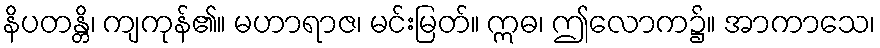
နိပတန္တိ၊ ကျကုန်၏။ မဟာရာဇ၊ မင်းမြတ်။ ဣဓ၊ ဤလောက၌။ အာကာသေ၊